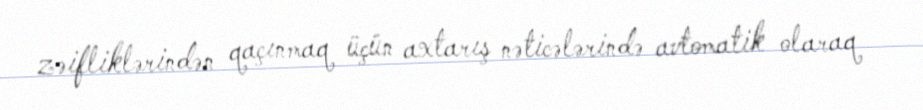
zəifliklərindən qaçınmaq üçün axtarış nəticələrində avtomatik olaraq